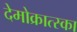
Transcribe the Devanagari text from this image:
देमोक्रात्स्का